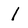
Character: l